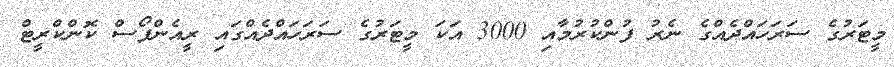
މީޓަރުގެ ސަރަހައްދެއްގެ ނެރު ފުންކުރުމާއި 3000 އަކަ މީޓަރުގެ ސަރަހައްދެއްގައި ރީއެންފޯސް ކޮންކްރީޓް